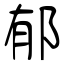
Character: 郁